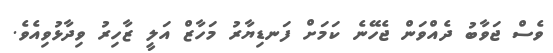
ވެސް ޖަވާބު ދެއްވަން ޖެހޭނެ ކަމަށް ފަނޑިޔާރު މަހާޒް އަލީ ޒާހިރު ވިދާޅުވިއެވެ.